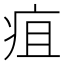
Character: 疽